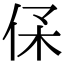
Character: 𠈃